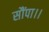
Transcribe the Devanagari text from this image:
सौंपा।।